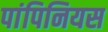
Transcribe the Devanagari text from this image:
पांपिनियस